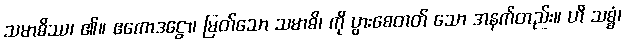
သမာဓိဿ၊ ၏။ ဧကောဒဋ္ဌော၊ မြတ်သော သမာဓိ၊ ကို ပွားစေတတ် သော အနက်တည်း။ ဟိ သစ္စံ၊